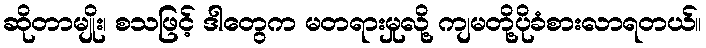
ဆိုတာမျိုး၊ စသဖြင့် ဒါတွေက မတရားမှုလို့ ကျမတို့ပိုခံစားလာရတယ်။